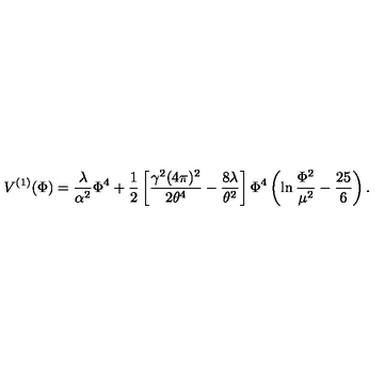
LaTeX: V ^ { ( 1 ) } ( \Phi ) = \frac { \lambda } { \alpha ^ { 2 } } \Phi ^ { 4 } + \frac { 1 } { 2 } \left[ \frac { \gamma ^ { 2 } ( 4 \pi ) ^ { 2 } } { 2 \theta ^ { 4 } } - \frac { 8 \lambda } { \theta ^ { 2 } } \right] \Phi ^ { 4 } \left( \ln \frac { \Phi ^ { 2 } } { \mu ^ { 2 } } - \frac { 2 5 } { 6 } \right) .